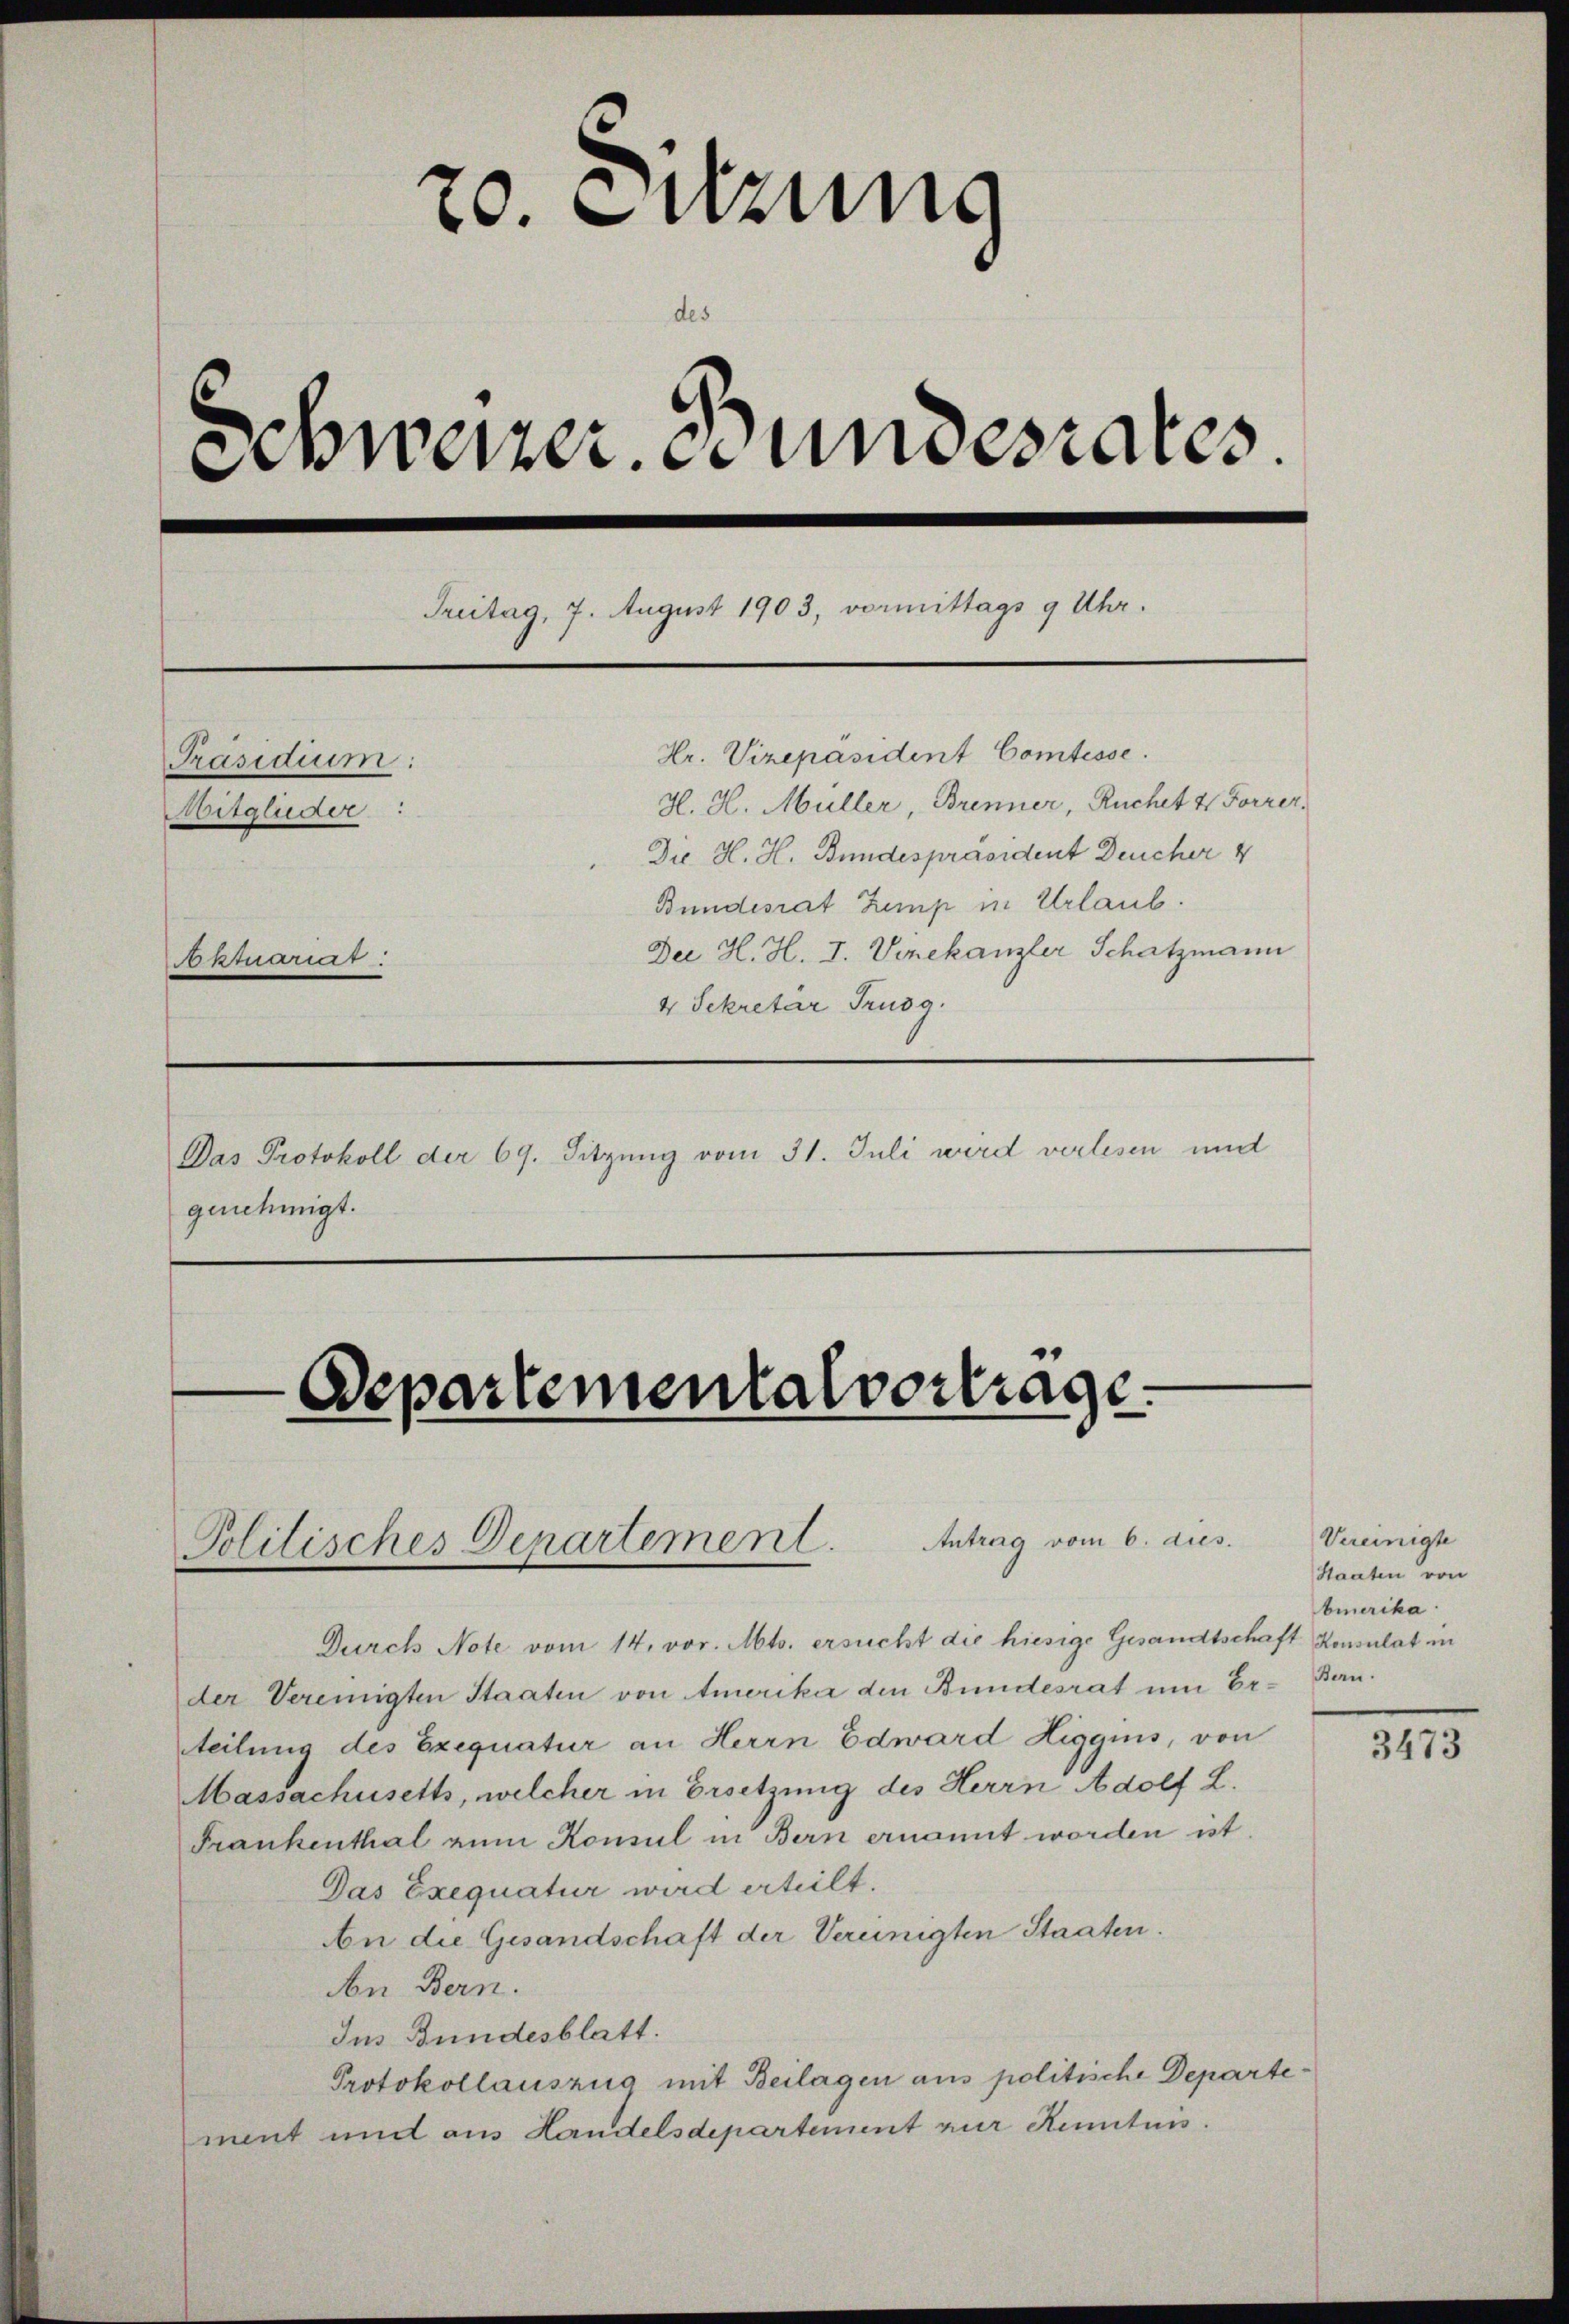
20. Fuzung
des
Schweizer. Bundesrates.
Treitag, 7. August 1903, vormittags 9 Uhr.
Hr. Vizepäsident Comtesse.
Präsidium:
H. H. Müller, Brenner, Ruchet 4. Forrer,
Mitglieder:
Du H. H. Bundespräsident Deucher 4
Bundesrat Zemp in Urlaub.
Der H. H. I. Vizekanzler Schatzmann
quariar:
4 Sekretär Trusg.
Das Protokoll der 69. Sitzung vom 31. Juli wird verlesen und
genehmigt.

Departemental vortrage.
Antrag vom 6. dies
Politisches Departement

Durch Note vom 14. vor. Mts. ersucht die hiesige Gesandtschaft Konsulat in
der Vereinigten Staaten von Amerika den Bundesrat um Er-Banteilung des Exequatur an Herrn Edward Liggnis, von
Massachusetts, welcher in Ersetzung des Herrn Adolf L.
Frankenthal zum Konsul in Bern ernannt worden ist.
Das Exequatur wird erteilt.
An die Gesandschaft der Vereinigten Staaten.
An Bern.
Ins Bundesblatt.
Protokollauszug mit Beilagen aus politische Departement und aus Handelsdepartement zur Kenntnis.

Vereinigte
Staaten von
bmerika

3473